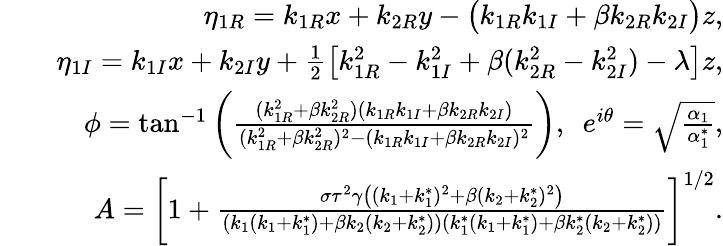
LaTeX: \begin{array}{rlr}&{}&{\eta_{1R}=k_{1R}x+k_{2R}y-\big(k_{1R}k_{1I}+\beta k_{2R}k_{2I}\big)z,}\\ &{}&{\eta_{1I}=k_{1I}x+k_{2I}y+\frac{1}{2}\big[k_{1R}^{2}-k_{1I}^{2}+\beta(k_{2R}^{2}-k_{2I}^{2})-\lambda\big]z,}\\ &{}&{\phi=\tan^{-1}\bigg(\frac{(k_{1R}^{2}+\beta k_{2R}^{2})(k_{1R}k_{1I}+\beta k_{2R}k_{2I})}{(k_{1R}^{2}+\beta k_{2R}^{2})^{2}-(k_{1R}k_{1I}+\beta k_{2R}k_{2I})^{2}}\bigg),~~e^{i\theta}=\sqrt{\frac{\alpha_{1}}{\alpha_{1}^{*}}},}\\ &{}&{A=\bigg[1+\frac{\sigma\tau^{2}\gamma\big((k_{1}+k_{1}^{*})^{2}+\beta(k_{2}+k_{2}^{*})^{2}\big)}{(k_{1}(k_{1}+k_{1}^{*})+\beta k_{2}(k_{2}+k_{2}^{*}))(k_{1}^{*}(k_{1}+k_{1}^{*})+\beta k_{2}^{*}(k_{2}+k_{2}^{*}))}\bigg]^{1/2}.}\end{array}